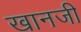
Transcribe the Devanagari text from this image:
खानजी